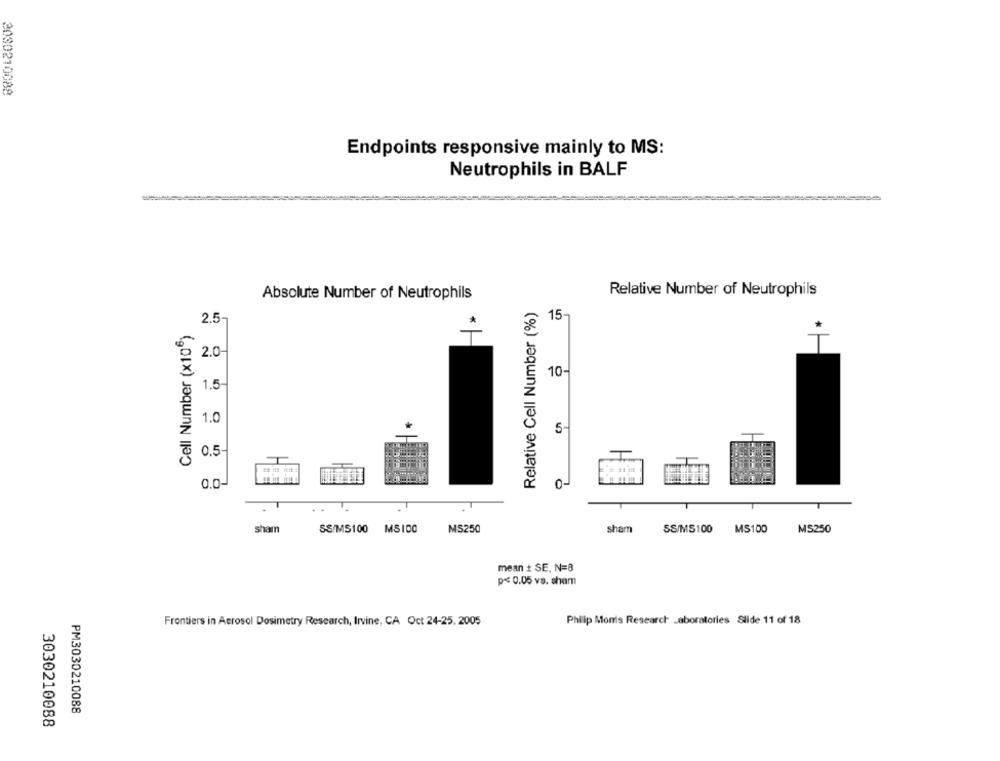
3030210088
Endpoints responsive mainly to MS:
Neutrophils in BALF
Absolute Number of Neutrophils
Relative Number of Neutrophils
Relative Cell Number (%)
2.5-
15-
Cell Number (x106)
2.0-
10-
1.5-
1.0
5-
0.5-
0.0-
0-
sham
SS/MS100 MS100
MS250
sham
SS/MS100
MS100
MS250
mean + SE, N=8
p< 0.05 vs. sham
Frontiers in Aerosol Dosimetry Research, Irvine, CA Oct 24-25, 2005
Philip Monis Research Laboratories Slide 11 of 18
PM3030210088
3030210088